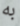
به